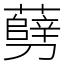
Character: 㔑